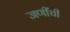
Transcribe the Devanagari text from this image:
जणींची